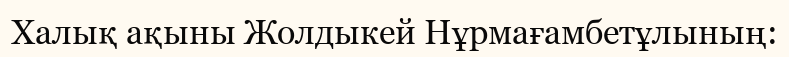
Халық ақыны Жолдыкей Нұрмағамбетұлының: